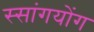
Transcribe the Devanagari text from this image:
स्सांगयोंग